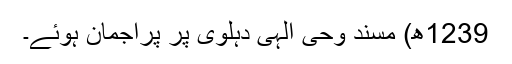
1239ھ) مسند وحی الٰہی دہلوی پر پراجمان ہوئے۔